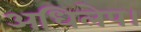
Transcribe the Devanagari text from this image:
अधिलेप।